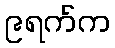
၉ရက်က